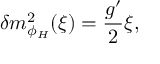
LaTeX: \delta m _ { \phi _ { H } } ^ { 2 } ( \xi ) = { \frac { g ^ { \prime } } { 2 } } \xi ,